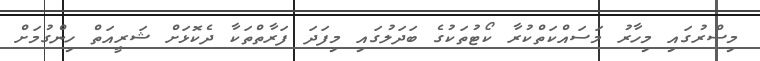
މިސްރުގައި މިހާރު މަސައްކަތްކުރާ ކޯޓުތަކުގެ ބަދަލުގައި މިފަދަ ފަރާތްތަކާ ދެކޮޅަށް ޝަރީއަތް ހިންގުމަށް